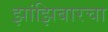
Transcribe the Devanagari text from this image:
झांझिबारचा